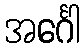
အင်္ဂေါ